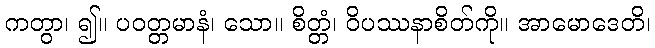
ကတွာ၊ ၍။ ပဝတ္တမာနံ၊ သော။ စိတ္တံ၊ ဝိပဿနာစိတ်ကို။ အာမောဒေတိ၊